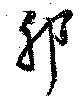
耶